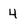
Character: 4